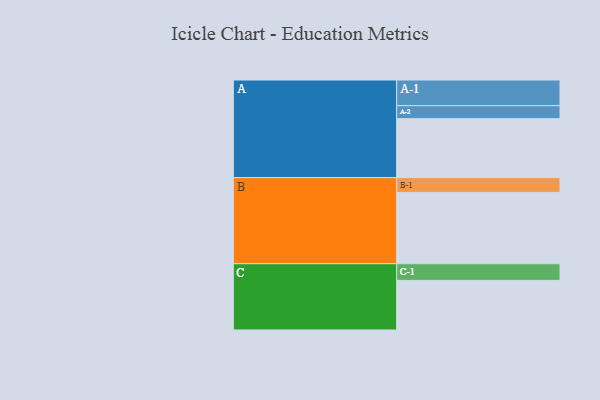
{"axis": {"x": "Segment", "y": "Value"}, "legend": ["", "A", "B", "C"], "data": [{"x": "A", "y": 457, "type": ""}, {"x": "B", "y": 553, "type": ""}, {"x": "C", "y": 385, "type": ""}, {"x": "A-1", "y": 199, "type": "A"}, {"x": "A-2", "y": 101, "type": "A"}, {"x": "B-1", "y": 115, "type": "B"}, {"x": "C-1", "y": 129, "type": "C"}]}